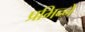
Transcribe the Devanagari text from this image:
प्रभिन्ने